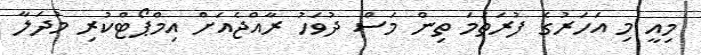
މިއީ މި އަހަރުގެ ފުރަތަމަ ތިން މަސް ދުވަހު ރާއްޖެއަށް އިމްޕޯޓްކުރި މުދަލާ